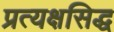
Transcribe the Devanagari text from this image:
प्रत्यक्षसिद्ध